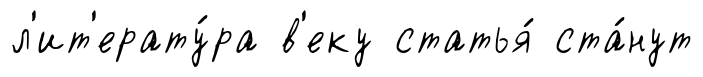
л'ит'ерату́ра в'еку статья́ ста́нут